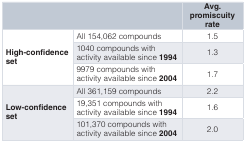
<table><thead><tr><td colspan="2"></td><td><b>Avg.promiscuityrate</b></td></tr></thead><tbody><tr><td rowspan="3"><b>High-confidence</b><b>set</b></td><td>All 154,062 compounds</td><td>1.5</td></tr><tr><td>1040 compounds withactivity available since<b>1994</b></td><td>1.3</td></tr><tr><td>9979 compounds withactivity available since<b>2004</b></td><td>1.7</td></tr><tr><td rowspan="3"><b>Low-confidence</b><b>set</b></td><td>All 361,159 compounds</td><td>2.2</td></tr><tr><td>19,351 compounds withactivity available since<b>1994</b></td><td>1.6</td></tr><tr><td>101,370 compounds withactivity available since<b>2004</b></td><td>2.0</td></tr></tbody></table>